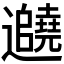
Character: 𬩱